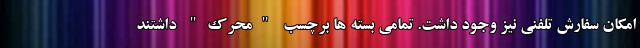
امکان سفارش تلفنی نیز وجود داشت. تمامی بسته ها برچسب "محرک" داشتند